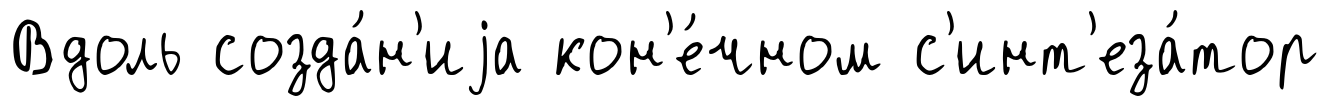
Вдоль созда́н'иjа кон'е́чном с'инт'еза́тор